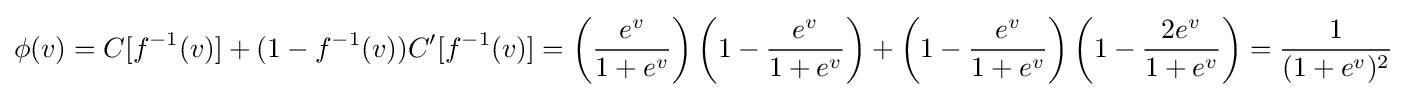
\phi (v)=C[f^{-1}(v)]+(1-f^{-1}(v))C'[f^{-1}(v)]=\left({\frac {e^{v}}{1+e^{v}}}\right)\left(1-{\frac {e^{v}}{1+e^{v}}}\right)+\left(1-{\frac {e^{v}}{1+e^{v}}}\right)\left(1-{\frac {2e^{v}}{1+e^{v}}}\right)={\frac {1}{(1+e^{v})^{2}}}